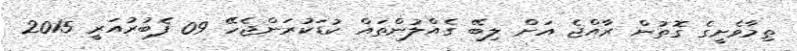
ތިމާވެށީގެ ގޮތުން ރާއްޖެ އަށް ލިބޭ ގެއްލުންތައް ކުޑަކުރަންޖެހޭ 09 ފެބުރުއަރީ 2015